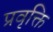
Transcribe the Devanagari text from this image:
प्रवृक्ति